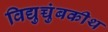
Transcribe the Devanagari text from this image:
विद्युच्चुंबकीथ